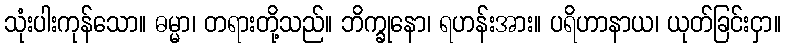
သုံးပါးကုန်သော။ ဓမ္မာ၊ တရားတို့သည်။ ဘိက္ခုနော၊ ရဟန်းအား။ ပရိဟာနာယ၊ ယုတ်ခြင်းငှာ။